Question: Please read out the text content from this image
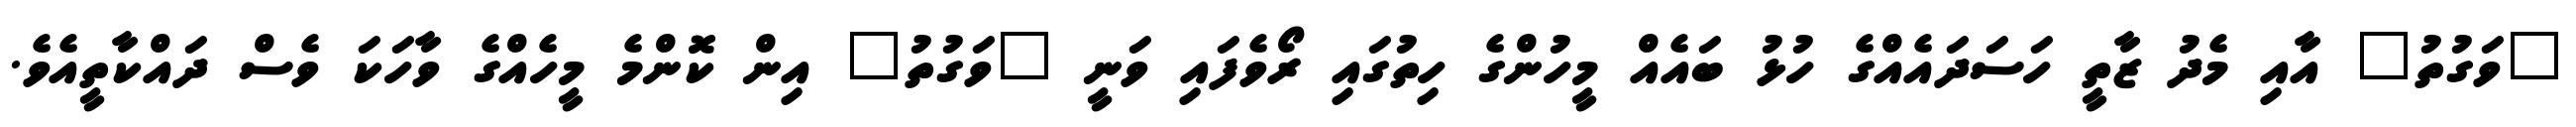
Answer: "ވަގުތު" އާއި މެދު ޒާތީ ހަސަދައެއްގެ ހުޅު ބައެއް މީހުންގެ ހިތުގައި ރޯވެފައި ވަނީ "ވަގުތު" އިން ކޮންމެ މީހެއްގެ ވާހަކަ ވެސް ދައްކާތީއެވެ.